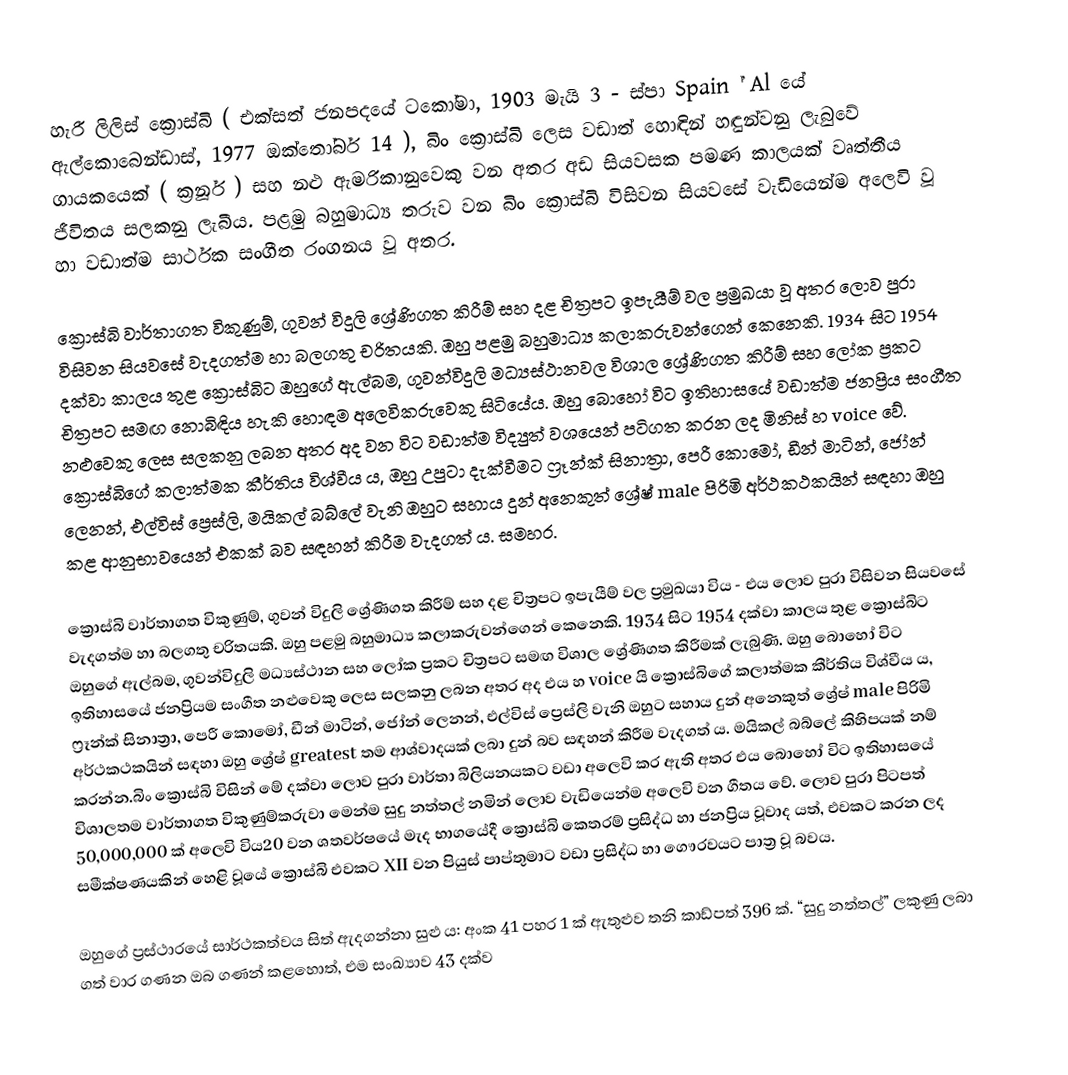
හැරී ලිලිස් ක්‍රොස්බි ( එක්සත් ජනපදයේ ටකෝමා, 1903 මැයි 3 - ස්පා Spain ් Al යේ ඇල්කොබෙන්ඩාස්, 1977 ඔක්තෝබර් 14 ), බිං ක්‍රොස්බි ලෙස වඩාත් හොඳින් හඳුන්වනු ලැබුවේ ගායකයෙක් ( ක්‍රූනර් ) සහ නළු ඇමරිකානුවෙකු වන අතර අඩ සියවසක පමණ කාලයක් වෘත්තීය ජීවිතය සලකනු ලැබීය. පළමු බහුමාධ්‍ය තරුව වන බිං ක්‍රොස්බි විසිවන සියවසේ වැඩියෙන්ම අලෙවි වූ හා වඩාත්ම සාර්ථක සංගීත රංගනය වූ අතර.

ක්‍රොස්බි වාර්තාගත විකුණුම්, ගුවන් විදුලි ශ්‍රේණිගත කිරීම් සහ දළ චිත්‍රපට ඉපැයීම් වල ප්‍රමුඛයා වූ අතර ලොව පුරා විසිවන සියවසේ වැදගත්ම හා බලගතු චරිතයකි. ඔහු පළමු බහුමාධ්‍ය කලාකරුවන්ගෙන් කෙනෙකි. 1934 සිට 1954 දක්වා කාලය තුළ ක්‍රොස්බිට ඔහුගේ ඇල්බම, ගුවන්විදුලි මධ්‍යස්ථානවල විශාල ශ්‍රේණිගත කිරීම් සහ ලෝක ප්‍රකට චිත්‍රපට සමඟ නොබිඳිය හැකි හොඳම අලෙවිකරුවෙකු සිටියේය.  ඔහු බොහෝ විට ඉතිහාසයේ වඩාත්ම ජනප්‍රිය සංගීත නළුවෙකු ලෙස සලකනු ලබන අතර අද වන විට වඩාත්ම විද්‍යුත් වශයෙන් පටිගත කරන ලද මිනිස් හ voice වේ.  ක්‍රොස්බිගේ කලාත්මක කීර්තිය විශ්වීය ය, ඔහු උපුටා දැක්වීමට ෆ්‍රෑන්ක් සිනාත්‍රා, පෙරී කොමෝ, ඩීන් මාටින්, ජෝන් ලෙනන්, එල්විස් ප්‍රෙස්ලි, මයිකල් බබ්ලේ වැනි ඔහුට සහාය දුන් අනෙකුත් ශ්‍රේෂ් male පිරිමි අර්ථකථකයින් සඳහා ඔහු කළ ආනුභාවයෙන් එකක් බව සඳහන් කිරීම වැදගත් ය. සමහර.

ක්‍රොස්බි වාර්තාගත විකුණුම්, ගුවන් විදුලි ශ්‍රේණිගත කිරීම් සහ දළ චිත්‍රපට ඉපැයීම් වල ප්‍රමුඛයා විය - එය ලොව පුරා විසිවන සියවසේ වැදගත්ම හා බලගතු චරිතයකි. ඔහු පළමු බහුමාධ්‍ය කලාකරුවන්ගෙන් කෙනෙකි. 1934 සිට 1954 දක්වා කාලය තුළ ක්‍රොස්බිට ඔහුගේ ඇල්බම, ගුවන්විදුලි මධ්‍යස්ථාන සහ ලෝක ප්‍රකට චිත්‍රපට සමඟ විශාල ශ්‍රේණිගත කිරීමක් ලැබුණි. ඔහු බොහෝ විට ඉතිහාසයේ ජනප්‍රියම සංගීත නළුවෙකු ලෙස සලකනු ලබන අතර අද එය හ voice යි ක්‍රොස්බිගේ කලාත්මක කීර්තිය විශ්වීය ය, ෆ්‍රෑන්ක් සිනාත්‍රා, පෙරී කොමෝ, ඩීන් මාටින්, ජෝන් ලෙනන්, එල්විස් ප්‍රෙස්ලි වැනි ඔහුට සහාය දුන් අනෙකුත් ශ්‍රේෂ් male පිරිමි අර්ථකථකයින් සඳහා ඔහු ශ්‍රේෂ් greatest තම ආශ්වාදයක් ලබා දුන් බව සඳහන් කිරීම වැදගත් ය. මයිකල් බබ්ලේ කිහිපයක් නම් කරන්න.බිං ක්‍රොස්බි විසින් මේ දක්වා ලොව පුරා වාර්තා බිලියනයකට වඩා අලෙවි කර ඇති අතර එය බොහෝ විට ඉතිහාසයේ විශාලතම වාර්තාගත විකුණුම්කරුවා මෙන්ම සුදු නත්තල් නමින් ලොව වැඩියෙන්ම අලෙවි වන ගීතය වේ. ලොව පුරා පිටපත් 50,000,000 ක් අලෙවි විය20 වන ශතවර්ෂයේ මැද භාගයේදී ක්‍රොස්බි කෙතරම් ප්‍රසිද්ධ හා ජනප්‍රිය වූවාද යත්, එවකට කරන ලද සමීක්ෂණයකින් හෙළි වූයේ ක්‍රොස්බි එවකට XII වන පියුස් පාප්තුමාට වඩා ප්‍රසිද්ධ හා ගෞරවයට පාත්‍ර වූ බවය.

ඔහුගේ ප්‍රස්ථාරයේ සාර්ථකත්වය සිත් ඇදගන්නා සුළු ය: අංක 41 පහර 1 ක් ඇතුළුව තනි කාඩ්පත් 396 ක්. “සුදු නත්තල්” ලකුණු ලබා ගත් වාර ගණන ඔබ ගණන් කළහොත්, එම සංඛ්‍යාව 43 දක්ව